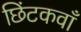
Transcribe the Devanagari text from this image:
छिंटकवाँ